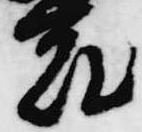
花